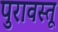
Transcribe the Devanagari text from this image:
पुरावस्तू